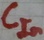
Text: CIn